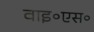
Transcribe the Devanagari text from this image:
वाइ॰एस॰